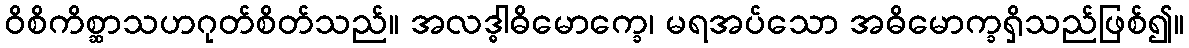
ဝိစိကိစ္ဆာသဟဂုတ်စိတ်သည်။ အလဒ္ဓါဓိမောက္ခေ၊ မရအပ်သော အဓိမောက္ခရှိသည်ဖြစ်၍။